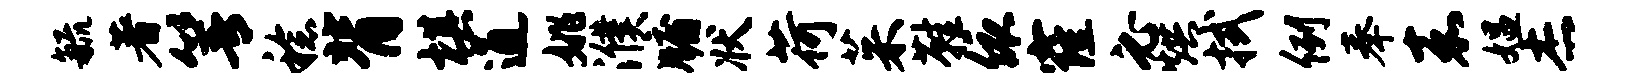
毓著箐稔背棋通姚濮牖状荷茱鞋依窿必烘拭例奉嘉媪杰